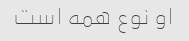
او نوع همه است